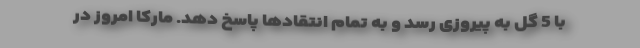
با 5 گل به پیروزی رسد و به تمام انتقادها پاسخ دهد. مارکا امروز در